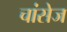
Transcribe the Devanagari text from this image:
चांसेज